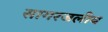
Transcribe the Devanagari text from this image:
सागरजलीय